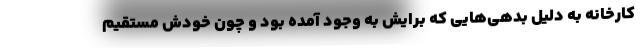
کارخانه به دلیل بدهی‌هایی که برایش به وجود آمده بود و چون خودش مستقیم